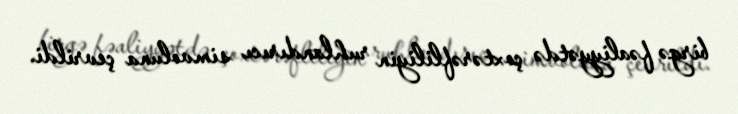
birgə fəaliyyətdə çoxtərəfliliyin ruhlandırıcı simvoluna çevrildi.